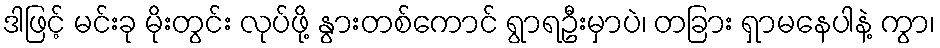
ဒါဖြင့် မင်းခု မိုးတွင်း လုပ်ဖို့ နွားတစ်ကောင် ရွာရဦးမှာပဲ၊ တခြား ရှာမနေပါနဲ့ ကွာ၊